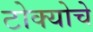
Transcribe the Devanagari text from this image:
टोक्योचे